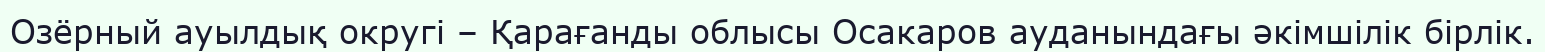
Озёрный ауылдық округі – Қарағанды облысы Осакаров ауданындағы әкімшілік бірлік.